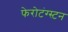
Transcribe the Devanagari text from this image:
फेरोटंग्स्टन